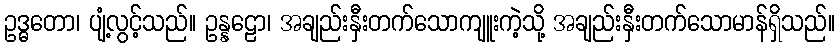
ဥဒ္ဓတော၊ ပျံ့လွင့်သည်။ ဥန္နဠော၊ အချည်းနှီးတက်သောကျူးကဲ့သို့ အချည်းနှီးတက်သောမာန်ရှိသည်။